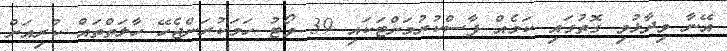
އޭނާ ވިދާޅުވި ގޮތުގައި ކަމެއް ފާސްކުރުމަށްޓަކައި 39 ވޯޓު ހަމަކުރަންޖެހޭ ހާލަތްތައް ކުރިއަށް